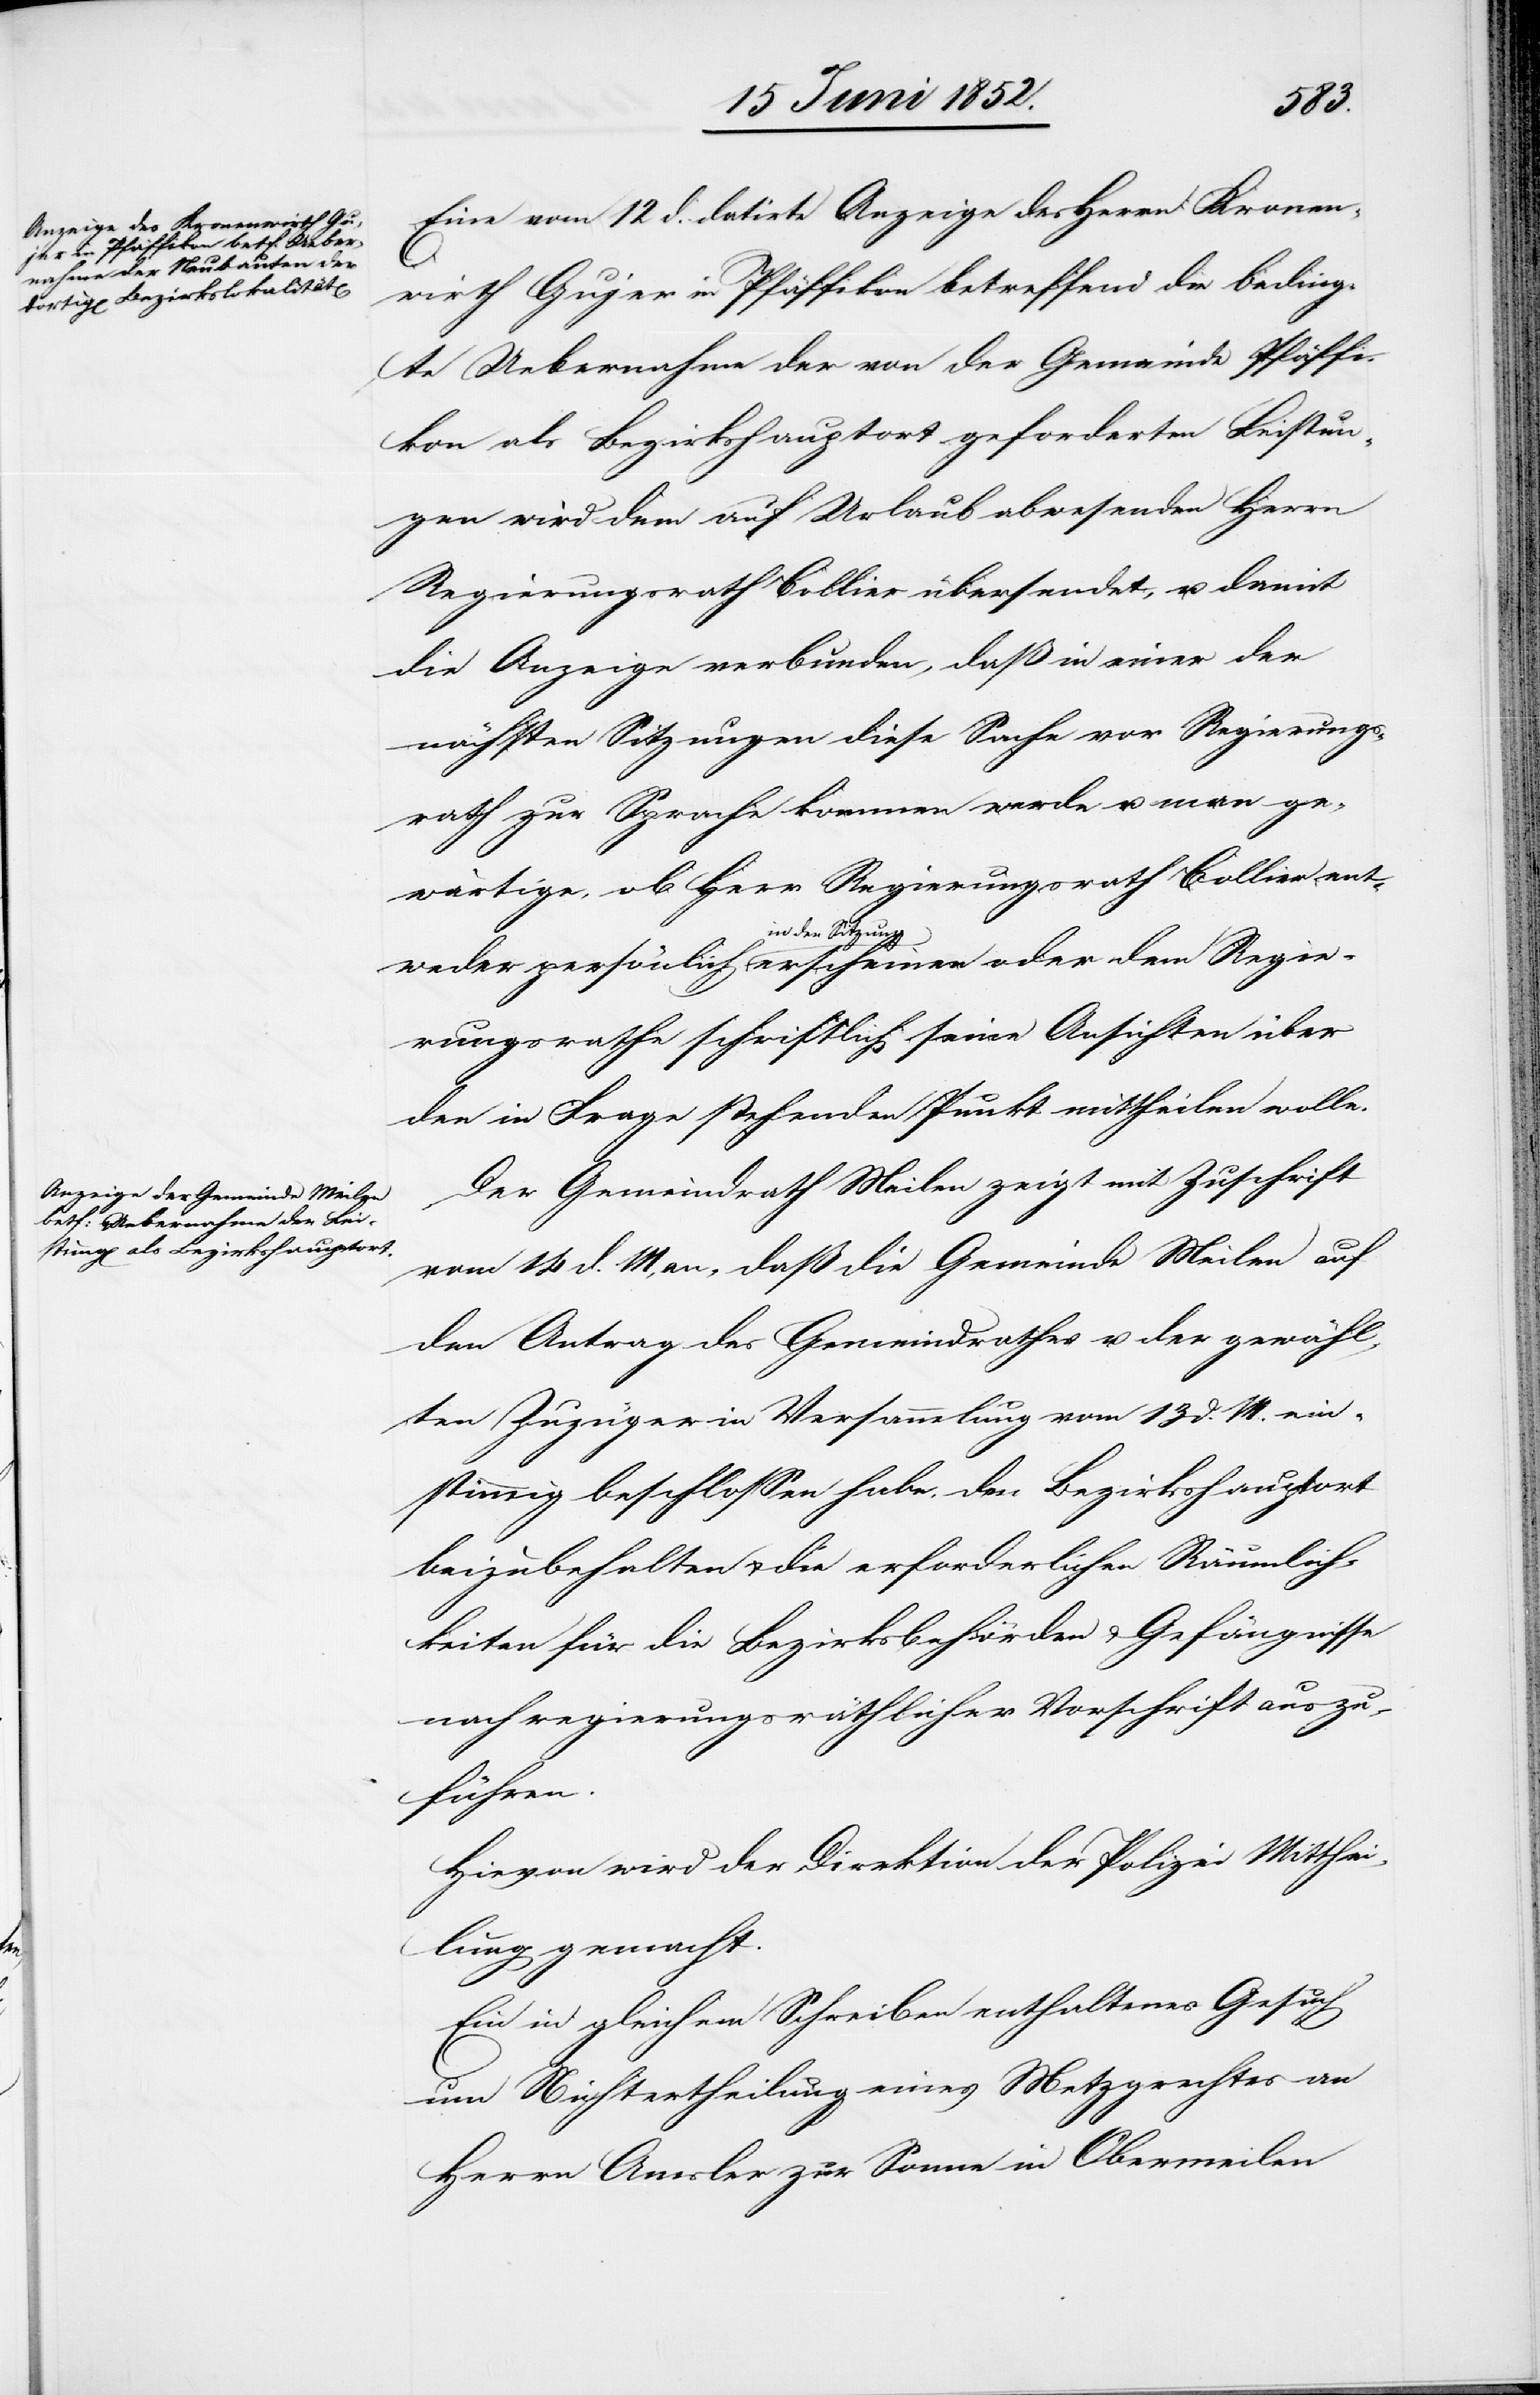
Eine vom 12 d. datirte Anzeige des Herrn Kronen¬
wirth Gujer in Pfäffikon betreffend die beding¬
te Uebernahme der von der Gemeinde Pfäffi¬
kon als Bezirkshauptort geforderten Leistun¬
gen wird dem auf Urlaub abwesenden Herrn
Regierungsrath Bollier übersendet, u. damit
die Anzeige verbunden, daß in einer der
nächsten Sitzungen diese Sache vor [dem] Regierungs¬
rath zur Sprache kommen werde u. man ge¬
wärtige, ob Herr Regierungsrath Bollier ent¬
in der Sitzung
rungsrathe schriftlich seine Ansichten über
den in Frage stehenden Punkt mittheilen wolle.
Der Gemeindrath Meilen zeigt mit Zuschrift
vom 14 d. M, an, daß die Gemeinde Meilen auf
den Antrag des Gemeindrathes u. der gewähl¬
ten Zuzüger in Versammlung vom 13 d. M. ein¬
stimmig beschlossen habe, den Bezirkshauptort
beizubehalten & die erforderlichen Räumlich¬
keiten für die Bezirksbehörden & Gefängnisse
nach regierungsräthlicher Vorschrift auszu¬
führen.
Hievon wird der Direktion der Polizei Mitthei¬
lung gemacht.
Ein in gleichem Schreiben enthaltenes Gesuch
um Nichtertheilung eines Metzgrechtes an
Herrn Amsler zur Sonne in Obermeilen